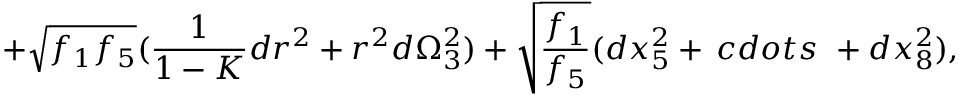
+ \sqrt { f _ { 1 } f _ { 5 } } ( \frac { 1 } { 1 - K } d r ^ { 2 } + r ^ { 2 } d \Omega _ { 3 } ^ { 2 } ) + \sqrt { \frac { f _ { 1 } } { f _ { 5 } } } ( d x _ { 5 } ^ { 2 } + \, c d o t s \ + d x _ { 8 } ^ { 2 } ) ,